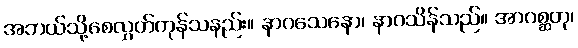
အဘယ်သို့စေလွှတ်ကုန်သနည်း။ နာဂသေနော၊ နာဂသိန်သည်။ အာဂစ္ဆတု၊